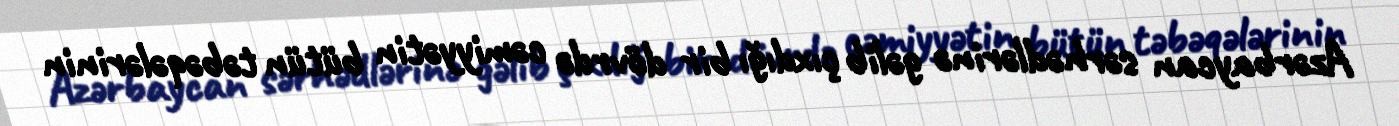
Azərbaycan sərhədlərinə gəlib çıxdığı bir dövrdə cəmiyyətin bütün təbəqələrinin